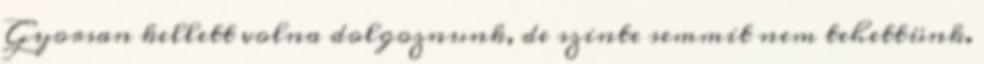
Gyorsan kellett volna dolgoznunk, de szinte semmit nem tehettünk.